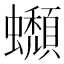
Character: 𧔾